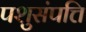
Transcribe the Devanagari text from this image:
पशुसंपत्ति